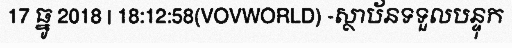
17 ធ្នូ 2018 | 18:12:58(VOVWORLD) -ស្ថាប័នទទួលបន្ទុក